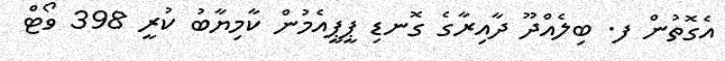
އެގޮތުން ފ. ބިލެއްދޫ ދާއިރާގެ ގޮނޑި ޕީޕީއެމުން ކާމިޔާބު ކުރީ 398 ވޯޓް